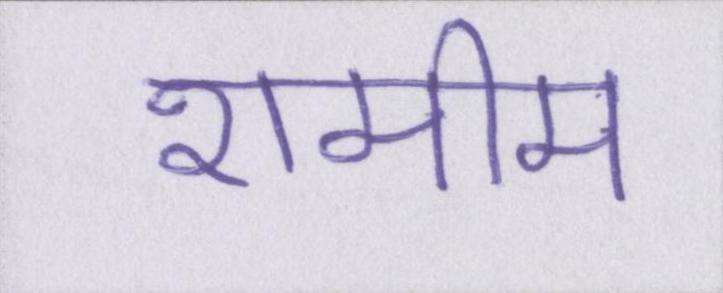
शमीम